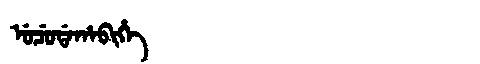
Manchu: ᡠᠴᡠᡩᠠᡥᠠᠪᡳᡥᡝ
Romanization: UCUDAHABIHE